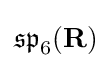
{\mathfrak {sp}}_{6}(\mathbf {R} )